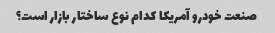
صنعت خودرو آمریکا کدام نوع ساختار بازار است؟